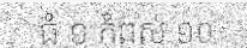
ធំ ១ កំពស់ ១០